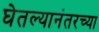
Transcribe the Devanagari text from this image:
घेतल्यानंतरच्या